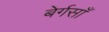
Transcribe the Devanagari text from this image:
बेर्गसाँ